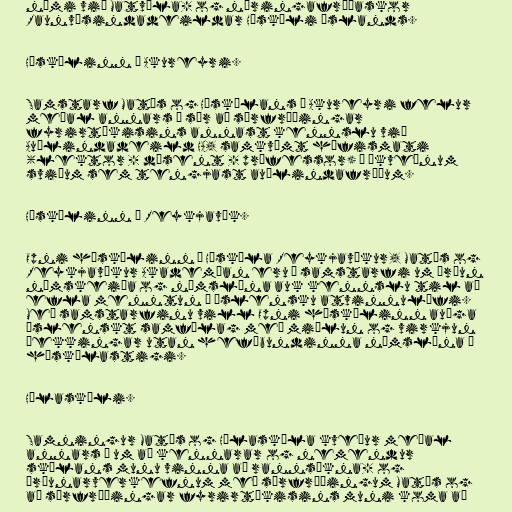
námi við Matvæla- og næringafræðaskor
Raunvísindadeildar Háskóli Íslands.

Háskólinn á Akureyri.

Samstarf Matís og Háskólans á Akureyri felur
meðal annars í sér að sérfræðingar
fyrirtækisins annast kennslu við
Auðlindadeild HA, samkvæmt hæfismati
(lektor - dósent - prófessor) á ákveðnum
sviðum sem tengjast auðlindafræðum.

Háskólinn í Reykjavík.

Opni háskólinn í Háskóla Reykjavíkur, Matís og
Reykjavíkur Akademían eru í samstarfi um þróun
námskeiða og námslína auk kennslu til að
efla menntun í íslensku atvinnulífi.
Með samstarfinu vill Opni háskólinn auðga
íslenskt samfélag með miðlun og virkjun
þekkingar utan hefðbundinna námslína á
háskólastigi.

Hólaskóli.

Samningur Matís og Hólaskóla kveður meðal
annars á um að kennarar og nemendur
skólans munu vinna að rannsókna- og
þróunarverkefnum með sérfræðingum Matís og
að sérfræðingar fyrirtækisins muni koma að